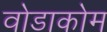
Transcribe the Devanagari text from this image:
वोडाकोम